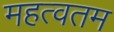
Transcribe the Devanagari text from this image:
महत्वतम